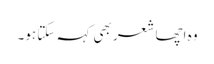
وہ اچھا شعر بھی کہہ سکتا ہو۔